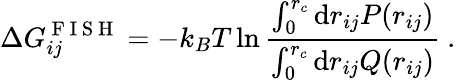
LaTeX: \Delta G_{ij}^{\mathrm{~F~I~S~H~}}=-k_{B}T\ln\frac{\int_{0}^{r_{c}}\mathrm{d}r_{ij}P(r_{ij})}{\int_{0}^{r_{c}}\mathrm{d}r_{ij}Q(r_{ij})}~.